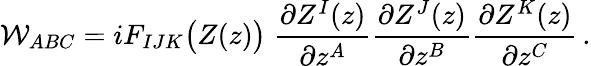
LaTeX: {\cal W}_{ABC}=iF_{IJK}\big(Z(z)\big)\; {\frac{\partial Z^{I}(z)}{\partial z^{A}}}{\frac{\partial Z^{J}(z)}{\partial z^{B}}}{\frac{\partial Z^{K}(z)}{\partial z^{C}}}\, .